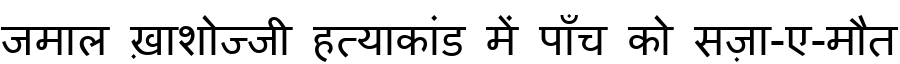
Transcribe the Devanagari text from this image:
जमाल ख़ाशोज्जी हत्याकांड में पाँच को सज़ा-ए-मौत